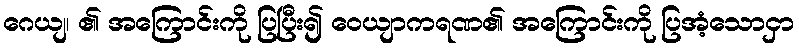
ဂေယျ၊ ၏ အကြောင်းကို ပြပြီး၍ ဝေယျာကရဏ၏ အကြောင်းကို ပြအံ့သောငှာ